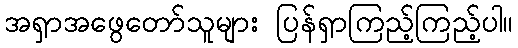
အရှာအဖွေတော်သူများ ပြန်ရှာကြည့်ကြည့်ပါ။